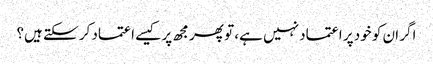
اگر ان کو خود پر اعتماد نہیں ہے، تو پھر مجھ پر کیسے اعتماد کر سکتے ہیں؟